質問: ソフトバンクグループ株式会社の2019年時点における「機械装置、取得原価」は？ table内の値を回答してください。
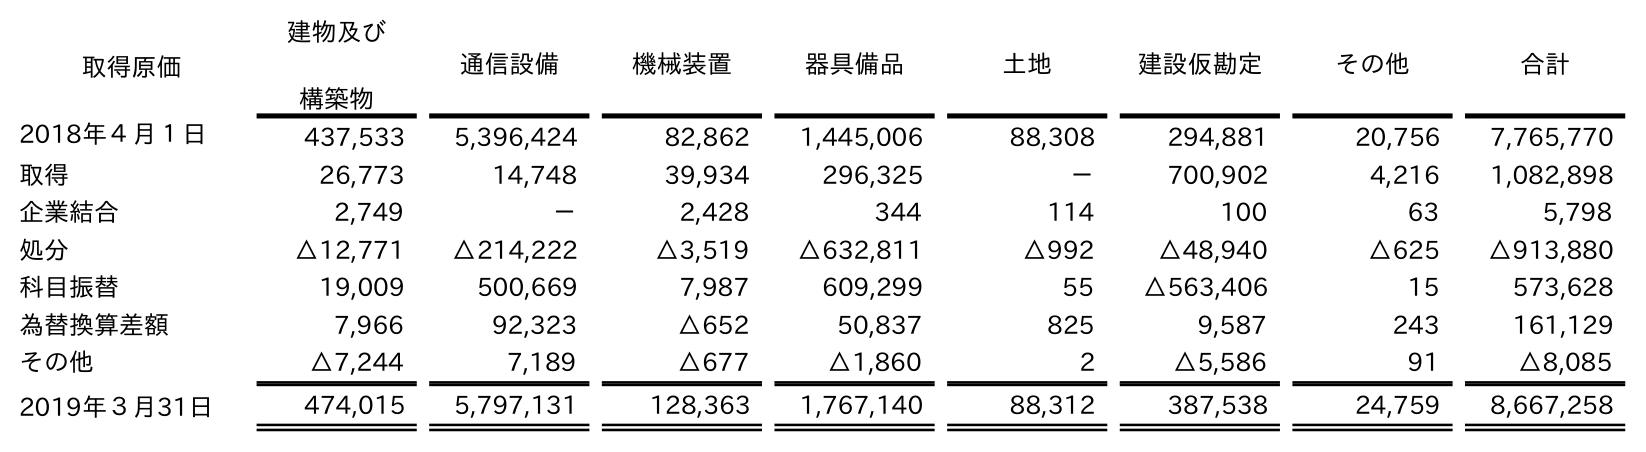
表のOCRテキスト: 取得原価 建物及び 構築物 通信設備 機械装置 器具備品 土地 建設仮勘定 その他 合計 2018年４月１日 437,533 5,396,424 82,862 1,445,006 88,308 294,881 20,756 7,765,770 取得 26,773 14,748 39,934 296,325 － 700,902 4,216 1,082,898 企業結合 2,749 － 2,428 344 114 100 63 5,798 処分 △12,771 △214,222 △3,519 △632,811 △992 △48,940 △625 △913,880 科目振替 19,009 500,669 7,987 609,299 55 △563,406 15 573,628 為替換算差額 7,966 92,323 △652 50,837 825 9,587 243 161,129 その他 △7,244 7,189 △677 △1,860 2 △5,586 91 △8,085 2019年３月31日 474,015 5,797,131 128,363 1,767,140 88,312 387,538 24,759 8,667,258
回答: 128,363